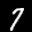
Digit: 7